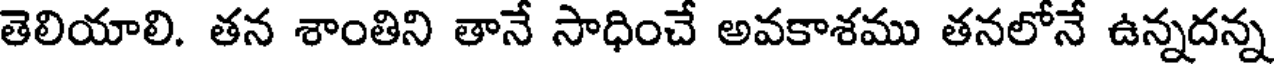
తెలియాలి. తన శాంతిని తానే సాధించే అవకాశము తనలోనే ఉన్నదన్న